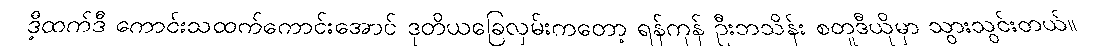
ဒီ့ထက်ဒီ ကောင်းသထက်ကောင်းအောင် ဒုတိယခြေလှမ်းကတော့ ရန်ကုန် ဦးဘသိန်း စတူဒီယိုမှာ သွားသွင်းတယ်။